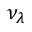
\nu _ { \lambda }